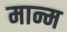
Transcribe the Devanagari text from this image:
मान्म